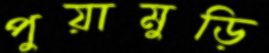
পুয়ামুড়ি